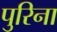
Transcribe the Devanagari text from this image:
पुरिना